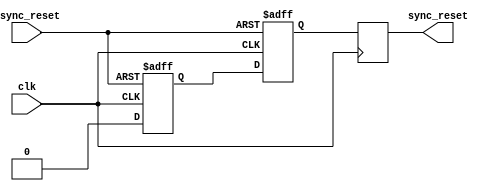
module async_reset_synchronizer (
    input wire async_reset,  // Asynchronous reset input
    input wire clk,          // Clock input
    output reg sync_reset    // Synchronized reset output
);

    // Internal signals for the two flip-flops
    reg ff1, ff2;

    // Asynchronous reset detection and synchronization logic
    always @(posedge clk or posedge async_reset) begin
        if (async_reset) begin
            // If async_reset is asserted, set ff1 and ff2 to 1 (active high reset)
            ff1 <= 1'b1;
            ff2 <= 1'b1;
        end else begin
            // On clock edge, propagate the reset state through the flip-flops
            ff1 <= 1'b0; // Deassert ff1 on clock edge if async_reset is not asserted
            ff2 <= ff1;  // Capture the state of ff1 on the next clock edge
        end
    end

    // Assign the synchronized reset output
    always @(posedge clk) begin
        sync_reset <= ff2; // The final synchronized reset output
    end

endmodule